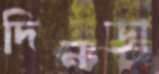
দিনডা